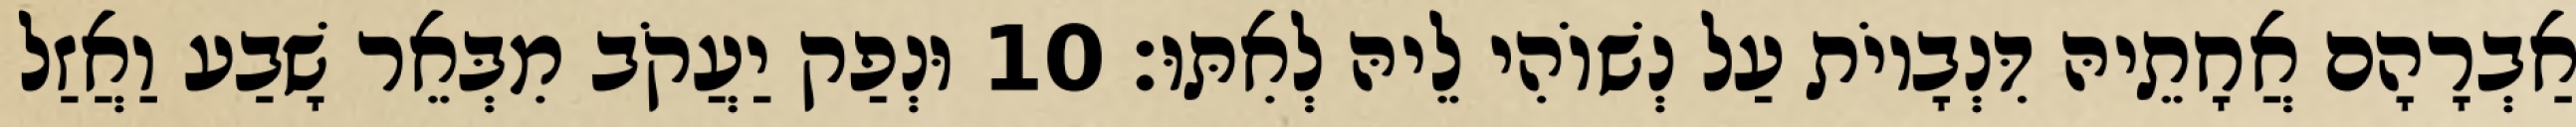
אַבְרָהָם אֲחָתֵיהּ דִּנְבָיוֹת עַל נְשׁוֹהִי לֵיהּ לְאִתּוּ׃ 10 וּנְפַק יַעֲקֹב מִבְּאֵר שָׁבַע וַאֲזַל